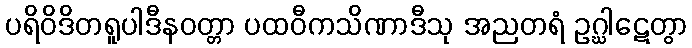
ပရိဝိဒိတရူပါဒီနဝတ္တာ ပထဝီကသိဏာဒီသု အညတရံ ဥဂ္ဃါဋေတွာ